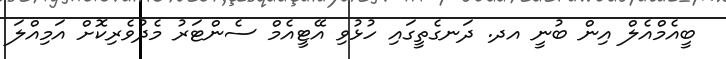
ބީއެމްއެލް އިން ބުނީ އދ. ދަނގެތީގައި ހުޅުވި އޭޓީއެމް ސެންޓަރު މެދުވެރިކޮށް އަމިއްލަ